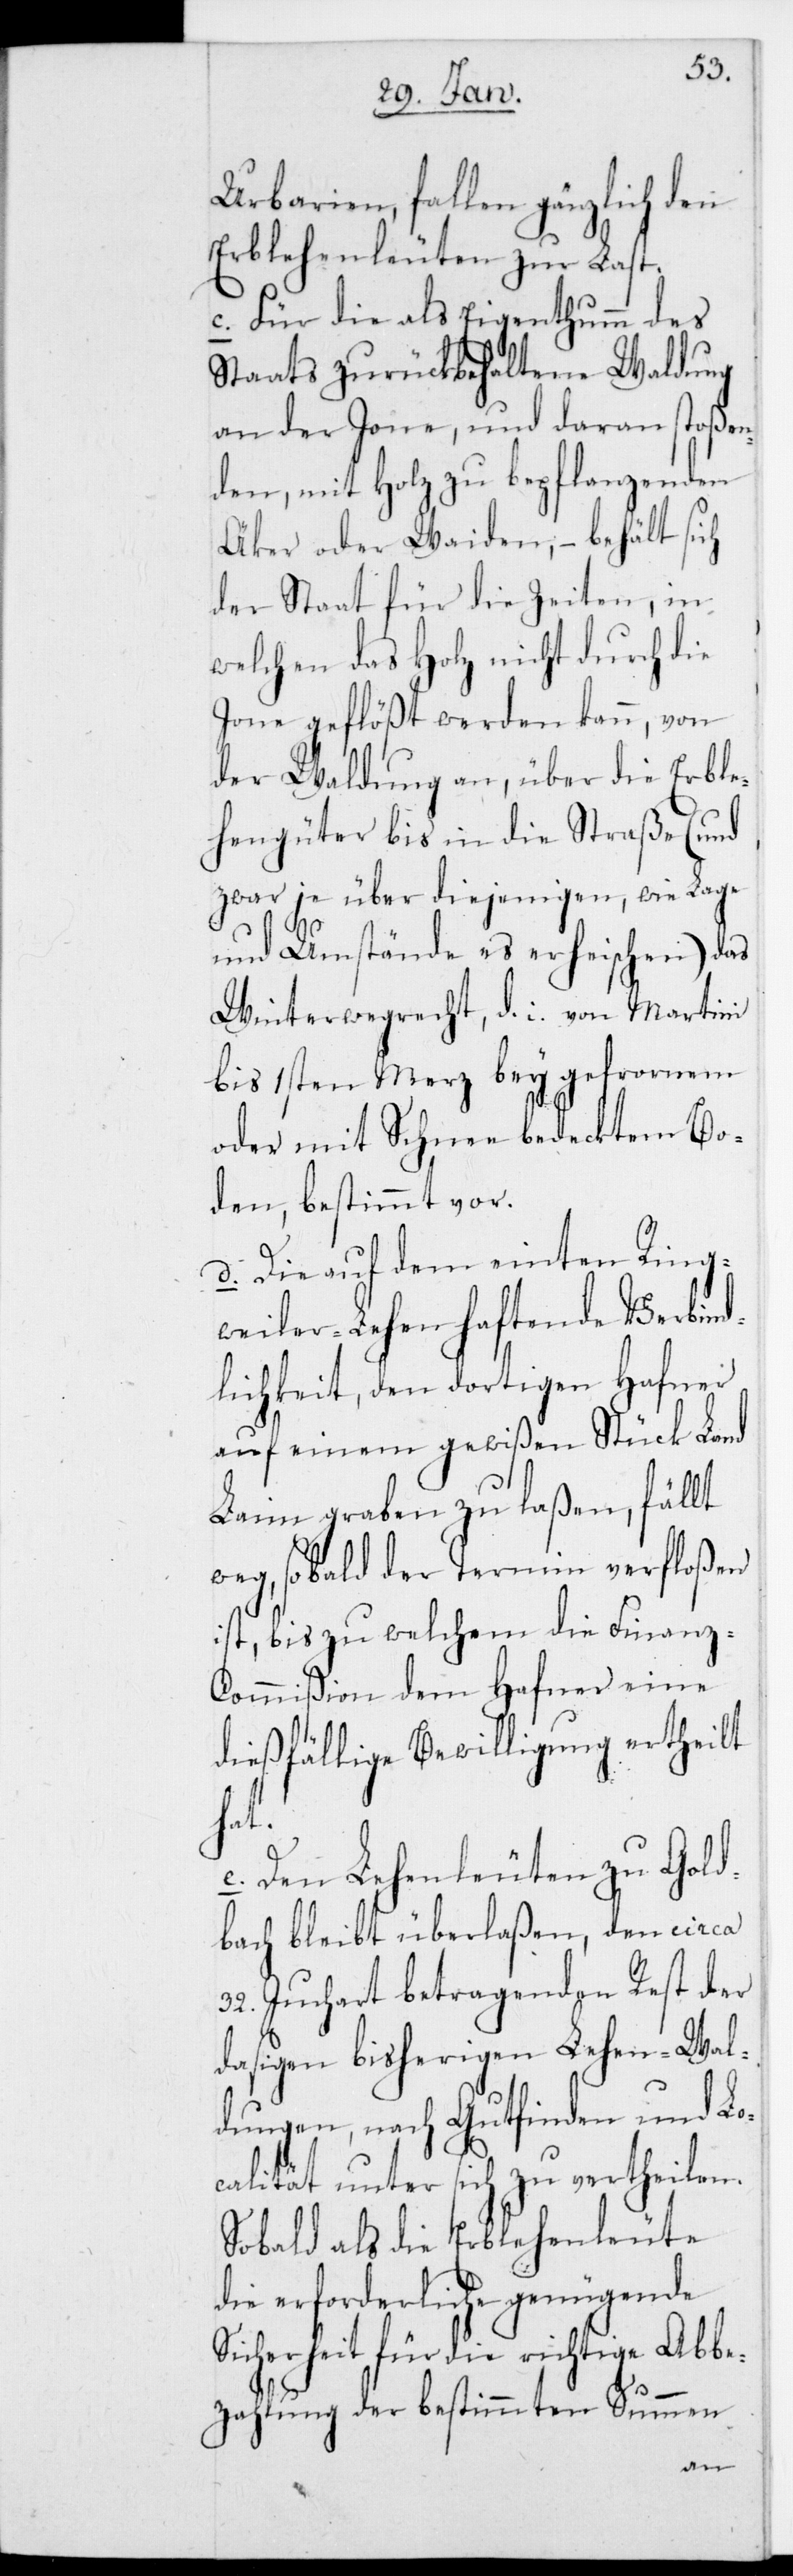
Urbarien, fallen gänzlich den
Erblehenleuten zur Last.
c. Für die als Eigentum des
Staats zurückgehaltene Waldung
an der Jone und daran stoßen¬
den, mit Holz zu bepflanzenden
Äcker oder Waiden, – behält sich
der Staat für die Zeiten, in
welchen das Holz nicht durch die
Jone geflößt werden kann, von
der Waldung an, über die Erble¬
hengüter bis in die Straße (und
zwar je über diejenigen, wie Lage
und Umstände es erheischen) das
Winterwegrecht, die von Martini
bis 1sten Merz bey gefrorenem
oder mit Schnee bedecktem Bo¬
den, bestimmt vor.
d. Die auf dem einten Ring¬
weiler-Lehen haftende Verbind¬
lichkeit, den dortigen Hafner
auf einem gewißen Stück Land
Lehm graben zu laßen, fällt
weg, sobald der Termin verfloßen
ist, bis zu welchem die Finanz¬
commißion dem Hafner eine
dießfällige Bewilligung ertheilt
hat.
e. Den Lehenleuten zu Gold¬
bach bleibt überlaßen, den circa
32. Juchart betragenden Rest der
dasigen bisherigen Lehen-Wal¬
dungen, nach Gutfinden und Lo¬
calität unter sich zu vertheilen.
Sobald als die Erblehenleute
die erforderliche genügende
Sicherheit für die richtige Abbe¬
zahlung der bestimmten Summen